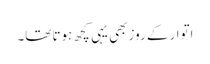
اتوار کے روز بھی یہی کچھ ہوتا تھا۔